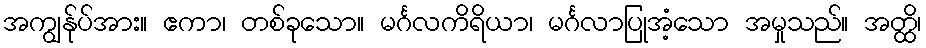
အကျွန်ုပ်အား။ ဧကာ၊ တစ်ခုသော။ မင်္ဂလကိရိယာ၊ မင်္ဂလာပြုအံ့သော အမှုသည်။ အတ္ထိ၊